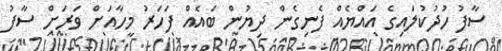
ސާފު ހުދުކުލައިގެ އައްޔެއް ފެނިގެން ދިޔުން ބައެއް ފަހަރު މީހާއަށް ވަރަށް ސާފު